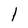
Character: I